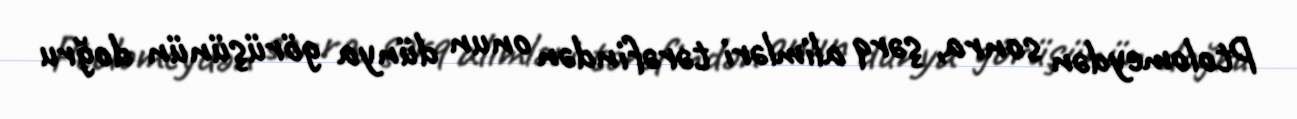
Ptolomeydən sonra, şərq alimləri tərəfindən onun dünya görüşünün doğru